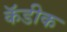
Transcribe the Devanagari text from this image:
कॅडीक